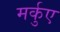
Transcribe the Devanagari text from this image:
मर्कुए